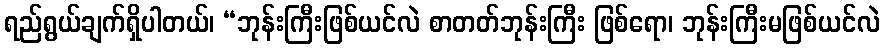
ရည်ရွယ်ချက်ရှိပါတယ်၊ “ဘုန်းကြီးဖြစ်ယင်လဲ စာတတ်ဘုန်းကြီး ဖြစ်ရော၊ ဘုန်းကြီးမဖြစ်ယင်လဲ